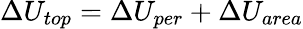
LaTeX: \Delta U_{top}=\Delta U_{per}+\Delta U_{area}